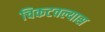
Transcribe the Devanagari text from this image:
चिकटवल्यास